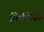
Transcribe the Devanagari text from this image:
फिलिफा